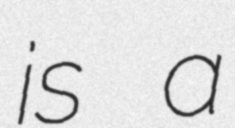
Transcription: is a